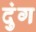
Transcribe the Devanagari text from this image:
दुंग